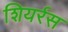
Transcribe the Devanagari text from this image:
शियर्रस